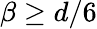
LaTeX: \beta\geq d/6